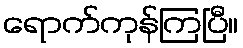
ရောက်ကုန်ကြပြီ။